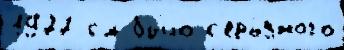
1977 см бы́ло с'ерь́зного